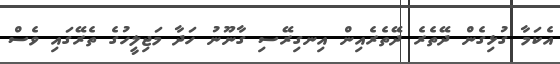
އެކަމާ ގުޅިގެން ދޭތެރެ ދޭތެރެއިން އިނގިރޭސި ގާނޫނު ހަދާ މަޖިލީހުގެ ތެރޭގައި ވެސް